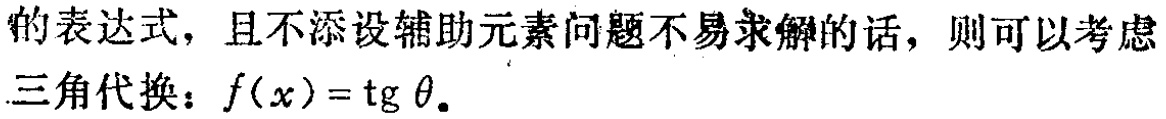
的表达式，且不添设辅助元素问题不易求解的话，则可以考虑
三角代换：\(f(x)=\text{tg} \theta\)。